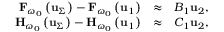
\begin{array} { r l r } { { \bf F } _ { \omega _ { 0 } } \left( { \bf u } _ { \Sigma } \right) - { \bf F } _ { \omega _ { 0 } } \left( { \bf u } _ { 1 } \right) } & { \approx } & { { \cal B } _ { 1 } \mathbf { u } _ { 2 } , } \\ { { \bf H } _ { \omega _ { 0 } } \left( { \bf u } _ { \Sigma } \right) - { \bf H } _ { \omega _ { 0 } } \left( { \bf u } _ { 1 } \right) } & { \approx } & { { \cal C } _ { 1 } \mathbf { u } _ { 2 } , } \end{array}